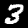
Label: 3